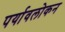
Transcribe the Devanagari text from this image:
पर्यावलोकन